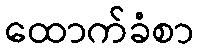
ထောက်ခံစာ